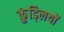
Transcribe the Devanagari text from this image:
कुंड्लियों